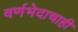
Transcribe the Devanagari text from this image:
वर्णभेदाचाही